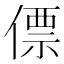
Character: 僄